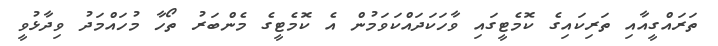
ތަރައްގީއާއި ތަރިކައިގެ ކޮމެޓީގައި ވާހަކަދައްކަވަމުން އެ ކޮމެޓީގެ މެންބަރު ތޯހާ މުހައްމަދު ވިދާޅުވީ